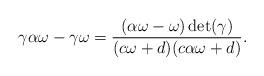
LaTeX: \begin{align*}\gamma \alpha \omega-\gamma \omega= \dfrac{(\alpha \omega-\omega)\det (\gamma)}{(c\omega+d)(c \alpha \omega+d)}.\end{align*}